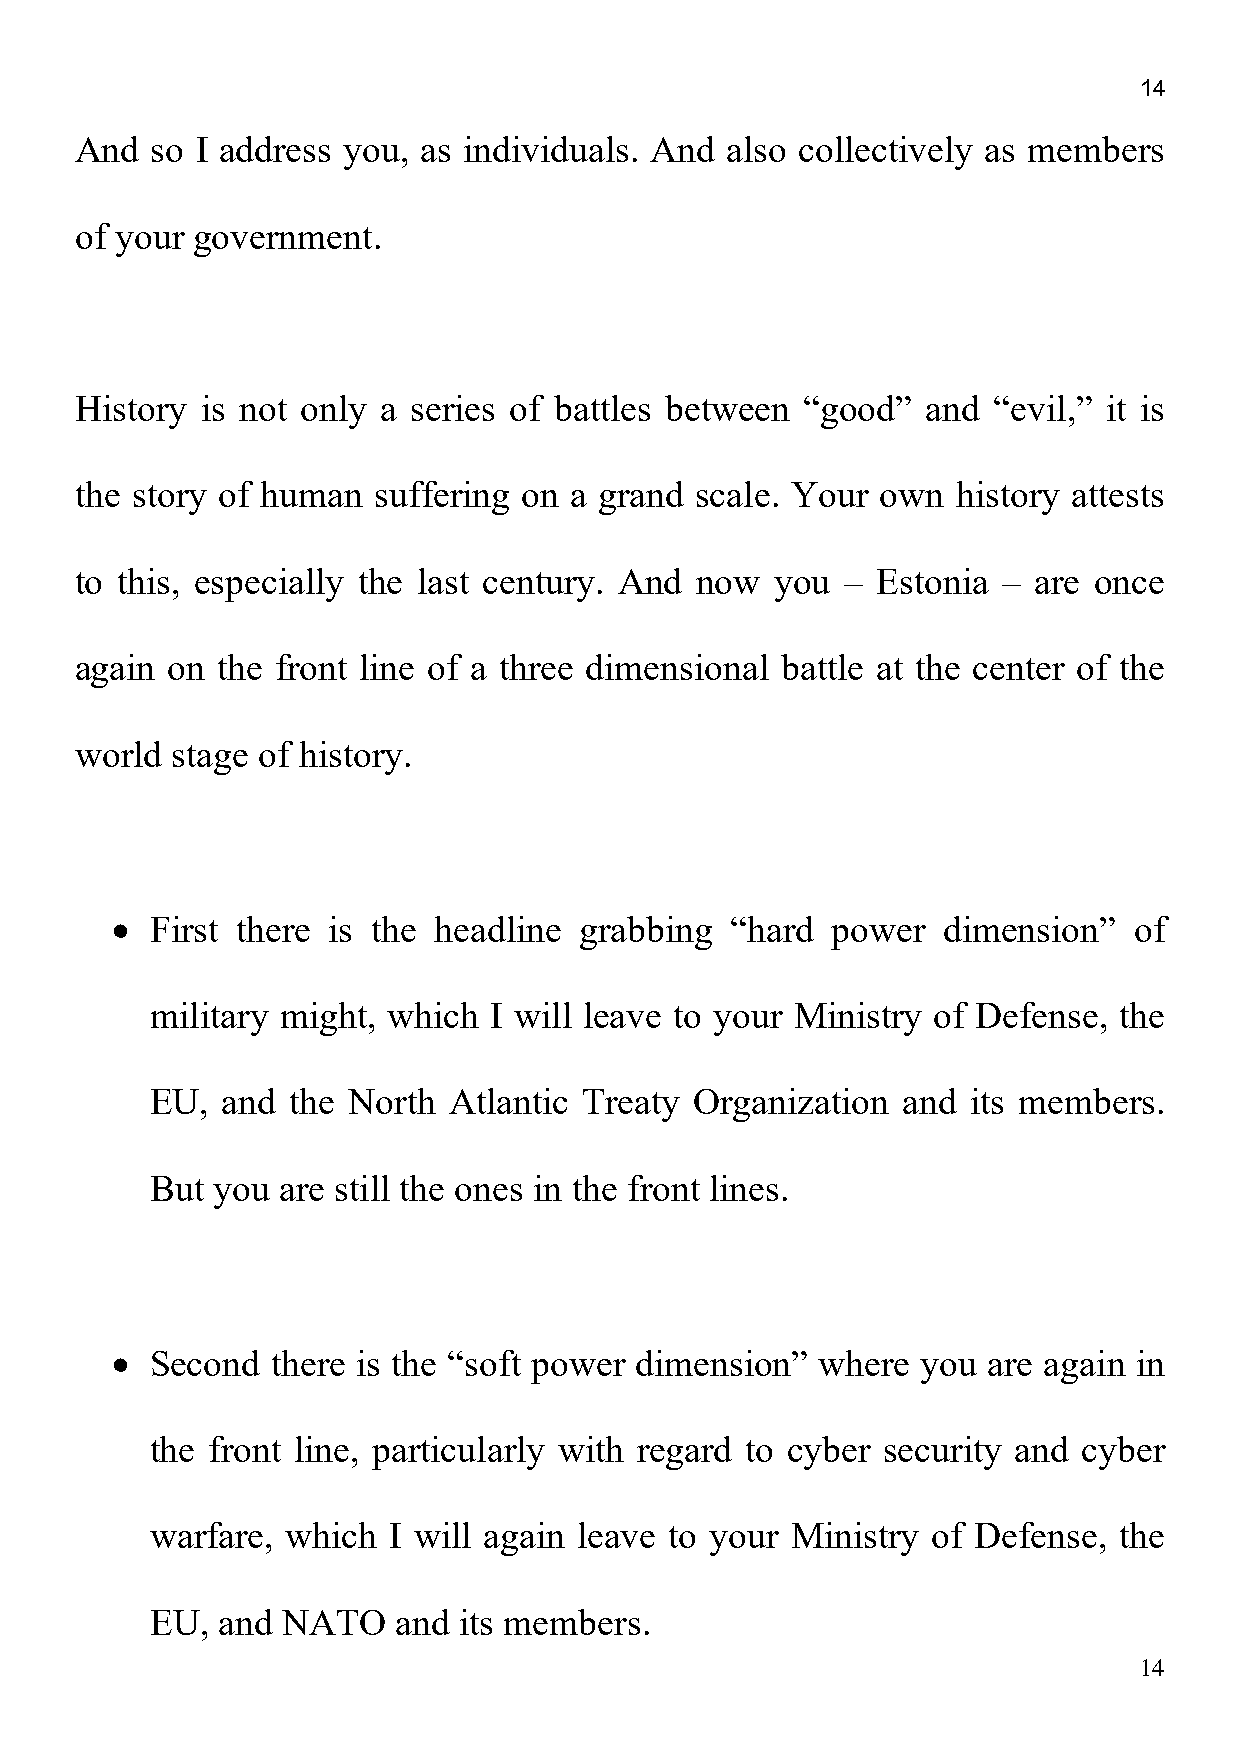
14
 And  so I address you, as individuals. And also collectively as members
 of your government.
 History is not only a series of battles between “good”  and  “evil,” it is
 the story of human  suffering on a grand scale. Your own  history attests
 to this, especially the last century. And now you  – Estonia –  are once
 again on the front line of a three dimensional battle at the center of the
 world stage of history.
 •
 First there is the headline grabbing  “hard  power  dimension”   of
 military might, which I will leave to your Ministry of Defense, the
 EU,  and the North  Atlantic Treaty Organization  and its members.
 But you are still the ones in the front lines.
 •
 Second  there is the “soft power dimension” where  you are again in
 the front line, particularly with regard to cyber security and cyber
 warfare, which  I will again leave to your Ministry of Defense, the
 EU, and  NATO   and its members.
 14